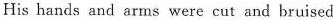
His hands and arms were cut and bruised